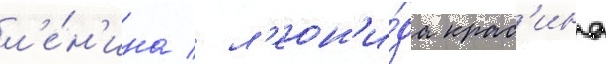
л'е́н'ина / л'еон'и́да крас'ина